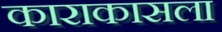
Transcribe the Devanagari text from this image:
काराकासला